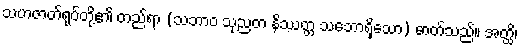
သဟဇာတ်ရုပ်တို့၏ တည်ရာ (သဘာဝ သုညတ နိဿတ္တ သဘောရှိသော) ဓာတ်သည်။ အတ္ထိ၊